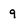
Character: 9